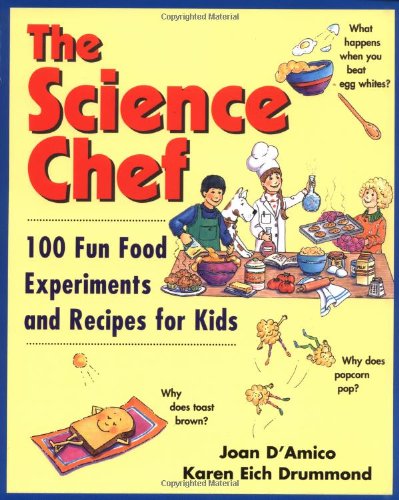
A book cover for The Science Chef: 100 Fun Food Experiments and Recipes for Kids; Joan D'Amico; Science & Math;